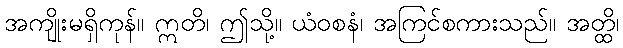
အကျိုးမရှိကုန်။ ဣတိ၊ ဤသို့။ ယံဝစနံ၊ အကြင်စကားသည်။ အတ္ထိ၊